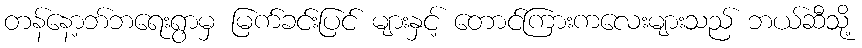
တန်နော့ဘ်ဘရေးရွာမှ မြက်ခင်းပြင် များနှင့် တောင်ကြားကလေးများသည် ဘယ်ဆီသို့